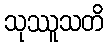
သုဿူသတိ